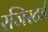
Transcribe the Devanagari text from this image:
रजिस्‍टर्ड